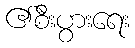
၏စီးပွားရေး